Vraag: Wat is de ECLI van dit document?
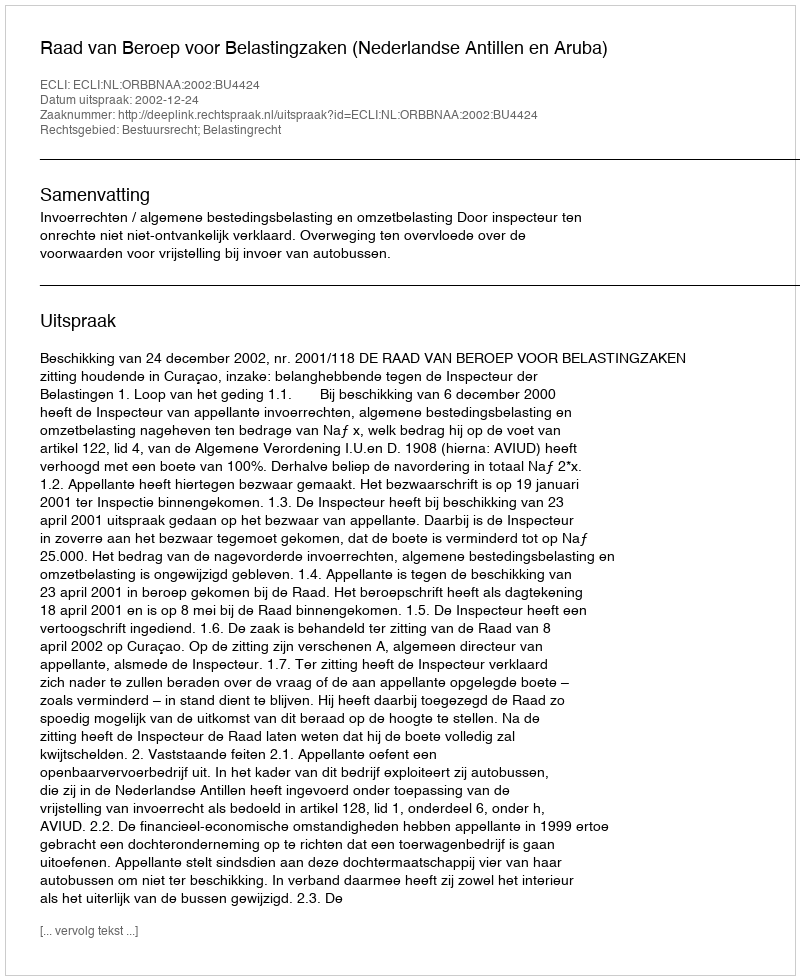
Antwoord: ECLI:NL:ORBBNAA:2002:BU4424